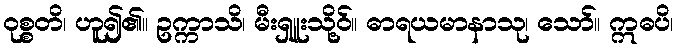
ဝုစ္စတိ၊ ဟူ၍၏။ ဥက္ကာသိ၊ မီးရှူးသို့ဝ်။ ဓာရယမာနာသု၊ သော်။ ဣဓပိ၊